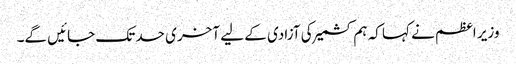
وزیر اعظم نے کہا کہ ہم کشمیر کی آزادی کے لیے آخری حد تک جائیں گے۔